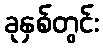
ခုနှစ်တွင်း